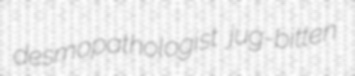
desmopathologist jug-bitten